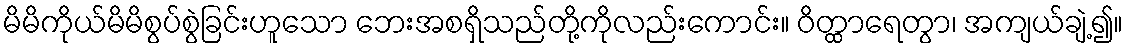
မိမိကိုယ်မိမိစွပ်စွဲခြင်းဟူသော ဘေးအစရှိသည်တို့ကိုလည်းကောင်း။ ဝိတ္ထာရေတွာ၊ အကျယ်ချဲ့၍။